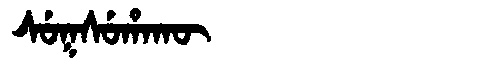
Manchu: ᠰᡠᡴᠰᡠᡥᠠᡴᡡ
Romanization: SUKSUHAKŪ